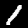
Digit: 1